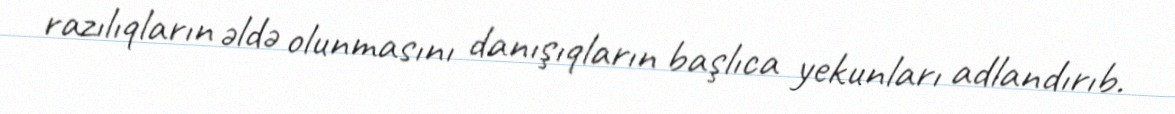
razılıqların əldə olunmasını danışıqların başlıca yekunları adlandırıb.